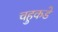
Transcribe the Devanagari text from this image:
चहुकडे